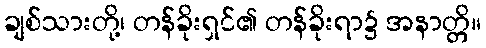
ချစ်သားတို့၊ တန်ခိုးရှင်၏ တန်ခိုးရာ၌ အနာတ္တိ။